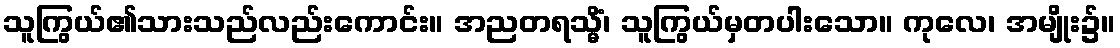
သူကြွယ်၏သားသည်လည်းကောင်း။ အညတရသ္မိံ၊ သူကြွယ်မှတပါးသော။ ကုလေ၊ အမျိုး၌။